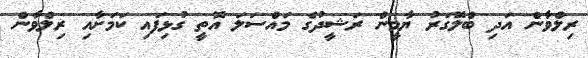
ރިލްވާން އަދި ބްލޮގަރު ޔާމީން ރަޝީދުގެ މައްސަލަ އޮތީ ގުޅިފައި ކަމަށާއި ރިލްވާން